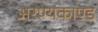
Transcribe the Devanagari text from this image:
अरण्‍यकाण्‍ड